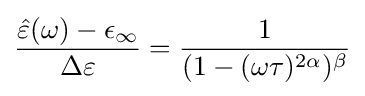
{{\hat {\varepsilon }}(\omega )-\epsilon _{\infty } \over \Delta \varepsilon }={1 \over (1-(\omega \tau )^{2\alpha })^{\beta }}